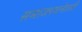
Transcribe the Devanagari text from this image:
समाजरचनेतली